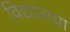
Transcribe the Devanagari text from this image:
विद्यालया